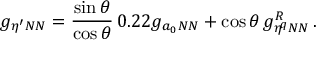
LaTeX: g _ { \eta ^ { \prime } N N } = { \frac { \sin \theta } { \cos \theta } } \, 0 . 2 2 g _ { a _ { 0 } N N } + \cos \theta \, g _ { \eta ^ { q } N N } ^ { R } \, .